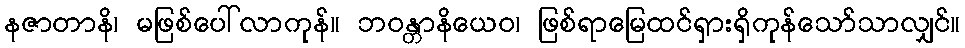
နဇာတာနိ၊ မဖြစ်ပေါ်လာကုန်။ ဘဝန္တာနိယေဝ၊ ဖြစ်ရာမြေထင်ရှားရှိကုန်သော်သာလျှင်။